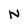
Character: N